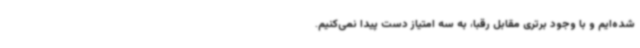
شده‌ایم و با وجود برتری مقابل رقبا، به سه امتیاز دست پیدا نمی‌کنیم.